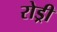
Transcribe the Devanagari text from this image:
रोड्री